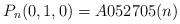
LaTeX: \begin{gather*}P_n(0,1,0) = A052705(n)\end{gather*}